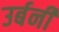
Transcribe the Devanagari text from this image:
उर्बनी